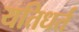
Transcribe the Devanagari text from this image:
यतिधर्त